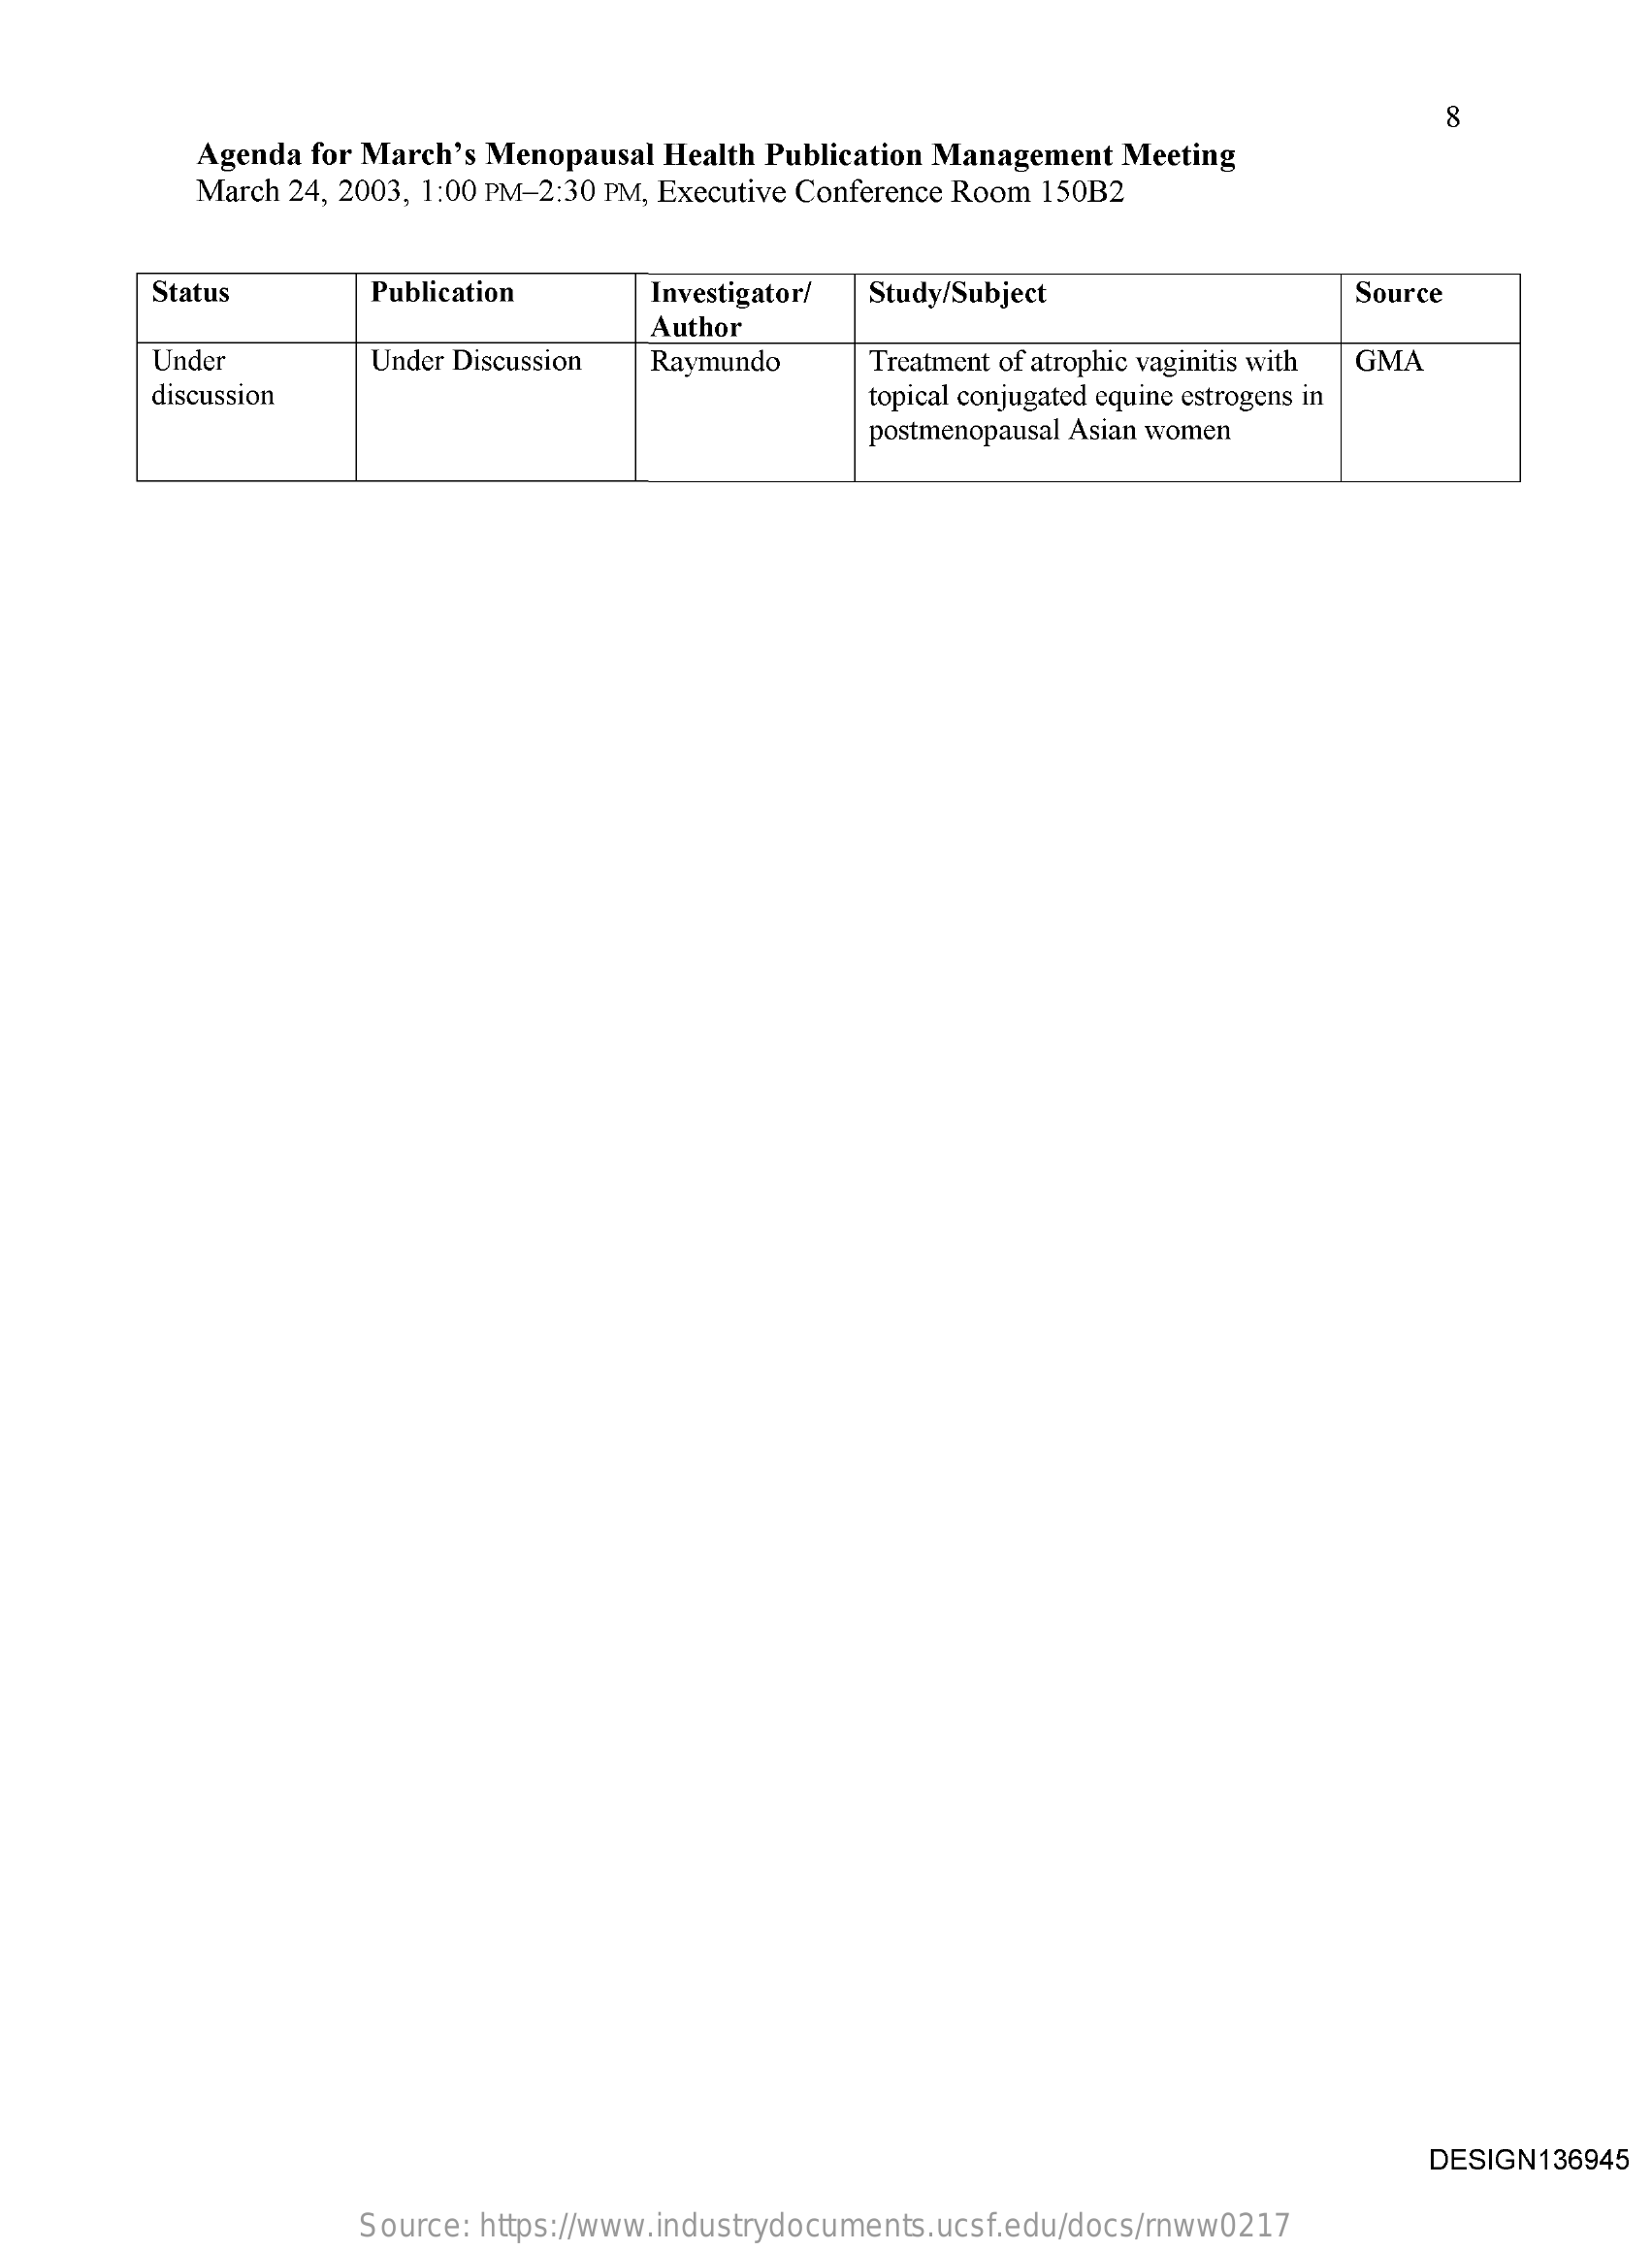
8
     Agenda for March's Menopausal Health Publication Management Meeting
     March 24, 2003, 1:00 PM-2:30 PM, Executive Conference Room 150B2
     Status    Publication   Investigator/ Study/Subject    Source
     Author
     Under    Under Discussion Raymundo Treatment of atrophic vaginitis with GMA
     discussion    topical conjugated equine estrogens in
     postmenopausal Asian women
     DESIGN136945
     Source: https://www.industrydocuments.ucsf.edu/docs/rnww0217